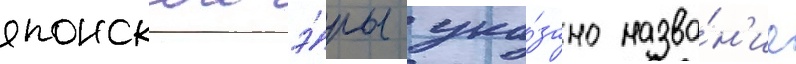
японскои э́ры ука́зано назва́н'ие